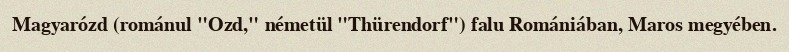
Magyarózd (románul "Ozd," németül "Thürendorf") falu Romániában, Maros megyében.